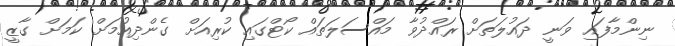
ނިންމާފައި ވަނީ ދައުލަތަށް ރައްދުވާ މައްސަލަތައް ކޯޓްގައި ކުރިއަށް ގެންދިއުމަށް ކަމަށް ގާޒީ